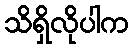
သိရှိလိုပါက